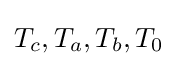
T_{c},T_{a},T_{b},T_{0}